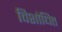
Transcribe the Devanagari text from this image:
विशोधित